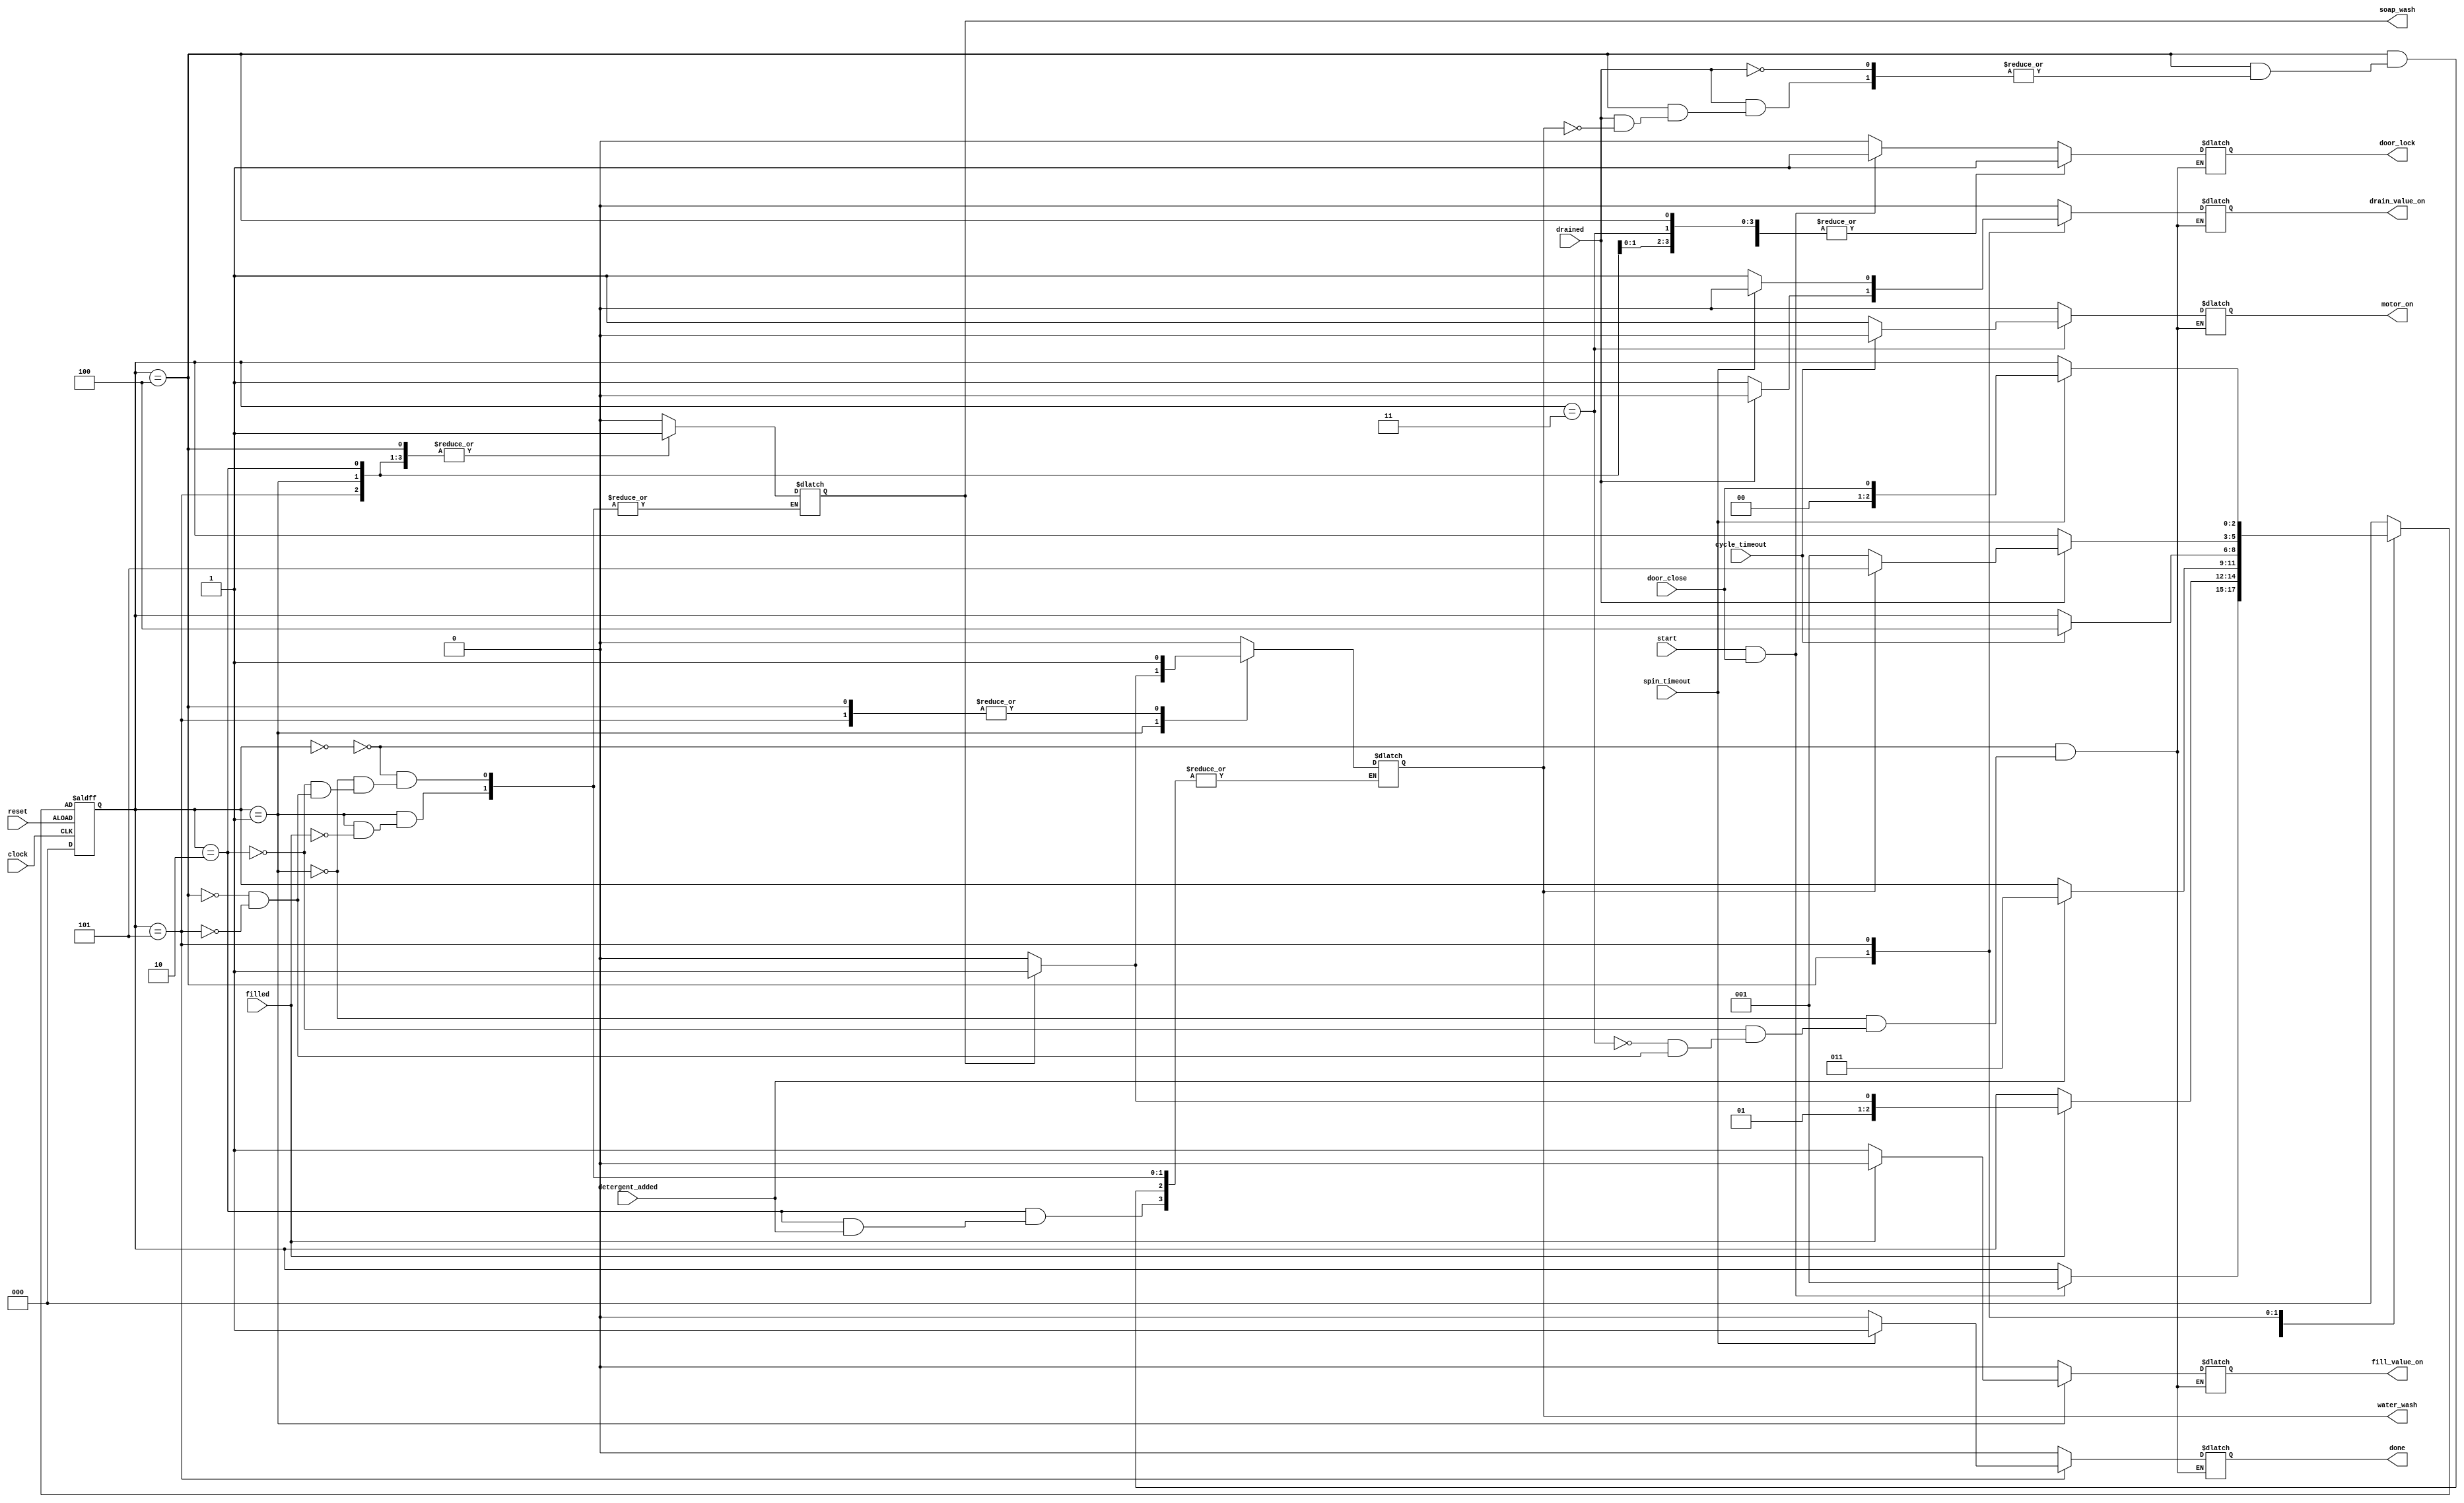
module automatic_washing_machine (
    clock, 
    reset, 
    door_close, 
    start, filled, 
    detergent_added, 
    cycle_timeout, 
    drained, 
    spin_timeout, 
    door_lock, 
    motor_on, 
    fill_value_on, 
    drain_value_on, 
    done, 
    soap_wash, 
    water_wash
    );

	input clock, reset, door_close, start, filled, detergent_added, cycle_timeout, drained, spin_timeout;
	output reg door_lock, motor_on, fill_value_on, drain_value_on, done, soap_wash, water_wash; 
	
	//defining the states
	parameter check_door = 3'b000;
	parameter fill_water = 3'b001;
	parameter add_detergent = 3'b010;
	parameter cycle = 3'b011;
	parameter drain_water = 3'b100;
	parameter spin = 3'b101;
	
	reg [2:0] current_state, next_state;
	
	always @(current_state or start or door_close or filled or detergent_added or drained or cycle_timeout or spin_timeout) begin
		case(current_state)
			check_door:
				if((start == 1) && (door_close==1)) begin
					next_state = fill_water;
					motor_on = 0;
					fill_value_on = 0;
					drain_value_on = 0;
					door_lock = 1;
					soap_wash = 0;
					water_wash = 0;
					done = 0;
				end
				else begin
					next_state = current_state;
					motor_on = 0;
					fill_value_on = 0;
					drain_value_on = 0;
					door_lock = 0;
					soap_wash = 0;
					water_wash = 0;
					done = 0;
				end
				fill_water:
					if (filled == 1) begin
						if(soap_wash == 0) begin
							next_state = add_detergent;
							motor_on = 0;
							fill_value_on = 0;
							drain_value_on = 0;
							door_lock = 1;
							soap_wash = 1;
							water_wash = 0;
							done = 0;
						end
						else begin
							next_state = cycle;
							motor_on = 0;
							fill_value_on = 0;
							drain_value_on = 0;
							door_lock = 1;
							soap_wash = 1;
							water_wash = 1;
							done = 0;
						end
					end
					else begin
					next_state = current_state;
					motor_on = 0;
					fill_value_on = 1;
					drain_value_on = 0;
					door_lock = 1;
					done = 0;
					end
				add_detergent:
					if(detergent_added == 1) begin
						next_state = cycle;
						motor_on = 0;
						fill_value_on = 0;
						drain_value_on = 0;
						door_lock = 1;
						soap_wash = 1;
						done = 0;
					end
					else begin
						next_state = current_state;
						motor_on = 0;
						fill_value_on = 0;
						drain_value_on = 0;
						door_lock = 1;
						soap_wash = 1;
						water_wash = 0;
						done = 0;
					end
				cycle:
					if(cycle_timeout == 1) begin
						next_state = drain_water;
						motor_on = 0;
						fill_value_on = 0;
						drain_value_on = 0;
						door_lock = 1;
						//soap_wash = 1;
						done = 0;
					end
					else begin
						next_state = current_state;
						motor_on = 1;
						fill_value_on = 0;
						drain_value_on = 0;
						door_lock = 1;
						//soap_wash = 1;
						done = 0;
					end
				drain_water:
					if(drained == 1) begin
						if(water_wash == 0) begin
							next_state = fill_water;
							motor_on = 0;
							fill_value_on = 0;
							drain_value_on = 0;
							door_lock = 1;
							soap_wash = 1;
							//water_wash = 1;
							done = 0;
						end
						else begin
						next_state = spin;
							motor_on = 0;
							fill_value_on = 0;
							drain_value_on = 0;
							door_lock = 1;
							soap_wash = 1;
							water_wash = 1;
							done = 0;
						end
					end
					else begin
						next_state = current_state;
						motor_on = 0;
						fill_value_on = 0;
						drain_value_on = 1;
						door_lock = 1;
						soap_wash = 1;
						//water_wash = 1;
						done = 0;
					end
				spin:
					if(spin_timeout==1) begin
						next_state = door_close;
						motor_on = 0;
						fill_value_on = 0;
						drain_value_on = 0;
						door_lock = 1;
						soap_wash = 1;
						water_wash = 1;
						done = 1;
					end
					else begin
						next_state = current_state;
						motor_on = 0;
						fill_value_on = 0;
						drain_value_on = 1;
						door_lock = 1;
						soap_wash = 1;
						water_wash = 1;
						done = 0;
					end
				default:
					next_state = check_door;	
		endcase
	end
	
	always @(posedge clock or negedge reset) begin
		if(reset) current_state<=3'b000;
		else current_state<=next_state;
	end	
endmodule

module Automatic_Washing_Machine_Test_Bench();
	reg clock, reset, door_close, start, filled, detergent_added, cycle_timeout, drained, spin_timeout;
	wire door_lock, motor_on, fill_value_on, drain_value_on, done, soap_wash, water_wash; 
	
	
automatic_washing_machine machine1(
	clock, 
	reset, 
	door_close, 
	start, 
	filled, 
	detergent_added, 
	cycle_timeout, 
	drained, 
	spin_timeout, 
	door_lock, 
	motor_on, 
	fill_value_on, 
	drain_value_on, 
	done, 
	soap_wash, 
	water_wash
	);

	initial begin
		clock = 0;
		reset = 1;
		start = 0;
		door_close = 0;
		filled = 0;
		drained = 0;
		detergent_added = 0;
		cycle_timeout = 0;
		spin_timeout = 0;
			
		#50 reset=0;
		#50 start=1;door_close=1;
		#100 filled=1;
		#100 detergent_added=1;
		//filled=0;
		#100 cycle_timeout=1;
		//detergent_added=0;
		#100 drained=1;
		//cycle_timeout=0;
		#100 spin_timeout=1;
		//drained=0;	
		
			/*
		
		#0 reset = 0;
		#2 start = 1;
		#4 door_close = 1;
		#3 filled = 1;
		#3 detergent_added = 1;
		#2 cycle_timeout = 1;
		#2 drained = 1; 
		#3 spin_timeout = 1;
			*/
	end
	
	always begin
		#5 clock = ~clock;
	end
endmodule